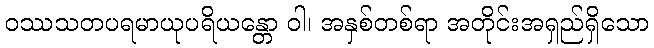
ဝဿသတပရမာယုပရိယန္တော ဝါ၊ အနှစ်တစ်ရာ အတိုင်းအရှည်ရှိသော